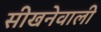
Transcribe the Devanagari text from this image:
सीखनेवाली